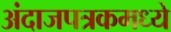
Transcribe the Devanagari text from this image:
अंदाजपत्रकमध्ये